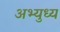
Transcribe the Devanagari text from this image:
अभ्युध्य